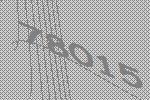
78015